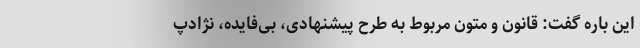
این باره گفت: قانون و متون مربوط به طرح پیشنهادی، بی‌فایده، نژادپ